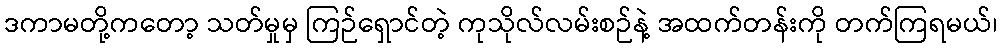
ဒကာမတို့ကတော့ သတ်မှုမှ ကြဉ်ရှောင်တဲ့ ကုသိုလ်လမ်းစဉ်နဲ့ အထက်တန်းကို တက်ကြရမယ်၊